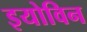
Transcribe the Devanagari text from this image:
इयोविन